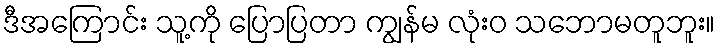
ဒီအကြောင်း သူ့ကို ပြောပြတာ ကျွန်မ လုံးဝ သဘောမတူဘူး။